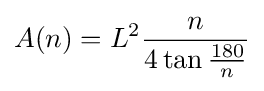
A(n)=L^{2}{\frac {n}{4\tan {\frac {180}{n}}}}